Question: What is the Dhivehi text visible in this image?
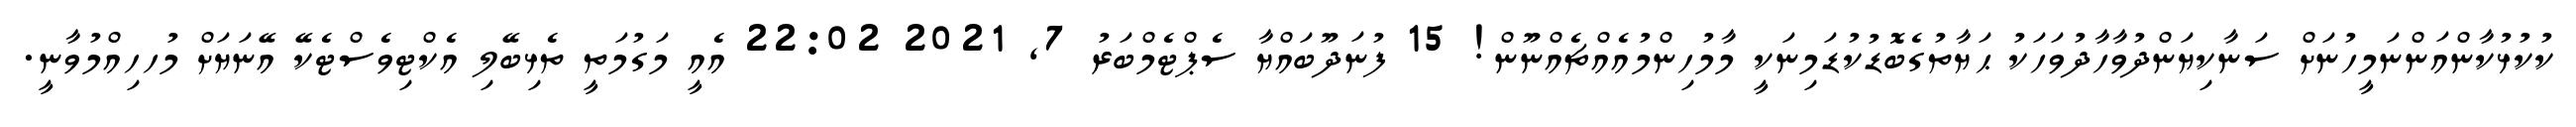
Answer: ކުކުޅުކާންއަންނަމީހުނަށް ސަނާކިޔަންދުވާހާދުވަހަކު ޙަޔާތުގެބޮޑުކުޑަމިނަކީ މާމުހިންމުއެއްޗެއްނޫން! 15 ފުނަދޫބައްޔާ ސެޕްޓެމްބަރު 7, 2021 22:02 އެއީ މަގުމަތީ ތެޅިބޭލި އެކްޓިވެސްޓެކޭ އޭނަޔަށް މުހހިއްމުވާނީ.